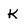
Character: K